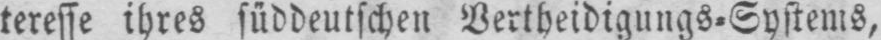
teresse ihres süddeutschen Vertheidigungs⸗Systems,